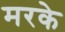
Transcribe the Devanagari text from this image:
मरके